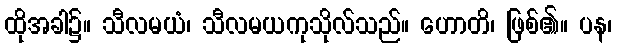
ထိုအခါ၌။ သီလမယံ၊ သီလမယကုသိုလ်သည်။ ဟောတိ၊ ဖြစ်၏။ ပန၊